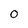
Character: 0